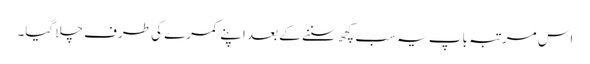
اس مرتبہ باپ یہ سب کچھ سننے کے بعد اپنے کمرے کی طرف چلا گیا۔